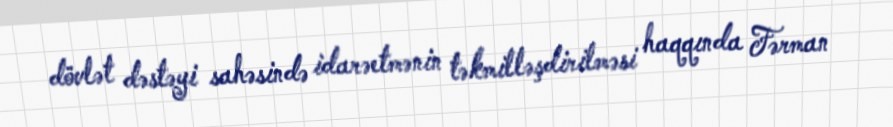
dövlət dəstəyi sahəsində idarəetmənin təkmilləşdirilməsi haqqında Fərman